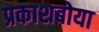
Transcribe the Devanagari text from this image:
प्रकाशबोया